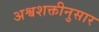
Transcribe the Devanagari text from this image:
अश्वशक्तीनुसार